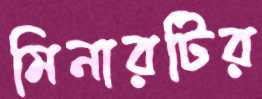
মিনারটির